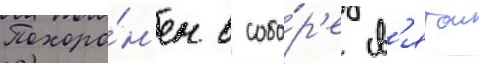
Похоро́н'ен в собо́р'е св'ятои